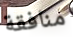
منافقة